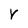
Character: v